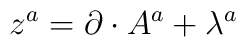
{z}^{a}=\partial\cdot A^{a}+\lambda^{a}